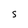
Character: 5